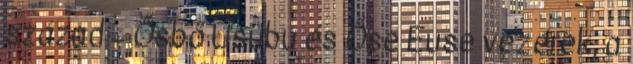
század – Ősbő Usubu és Őse Euse vezérek, a